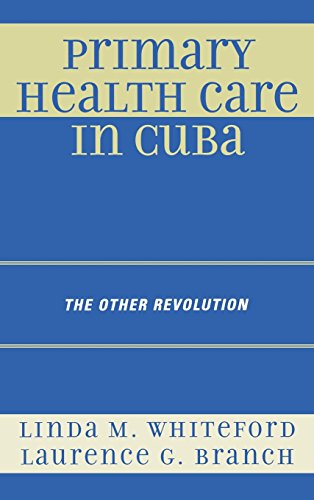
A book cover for Primary Health Care in Cuba: The Other Revolution; Linda M. Whiteford; Medical Books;